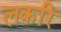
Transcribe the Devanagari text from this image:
लकरि